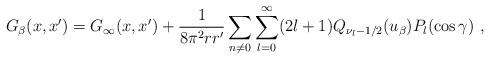
LaTeX: \begin{align*}G_{\beta}(x,x')=G_{\infty}(x,x')+\frac{1}{8\pi^2rr'}\sum_{n\neq0}\sum_{l=0}^{\infty}(2l+1)Q_{\nu_l-1/2}(u_\beta)P_l(\cos\gamma)\ ,\end{align*}